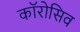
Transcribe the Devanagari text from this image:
कॉरोसिव